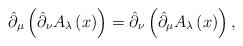
LaTeX: \begin{align*}\hat{\partial}_{\mu }\left( \hat{\partial}_{\nu }A_{\lambda }\left( x\right)\right) =\hat{\partial}_{\nu }\left( \hat{\partial}_{\mu }A_{\lambda }\left(x\right) \right) ,\end{align*}